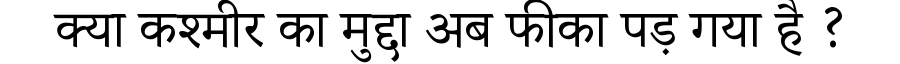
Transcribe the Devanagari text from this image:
क्या कश्मीर का मुद्दा अब फीका पड़ गया है ?